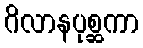
ဂိလာနပုစ္ဆကာ